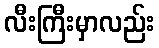
လီးကြီးမှာလည်း